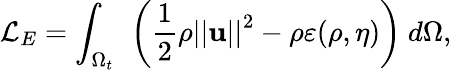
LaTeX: \mathcal{L}_{E}=\int_{\Omega_{t}}\ \left(\frac{1}{2}\rho\left\vert\left\vert\mathbf{u}\right\vert\right\vert^{2}-\rho\varepsilon(\rho,\eta)\right)\ d\Omega,